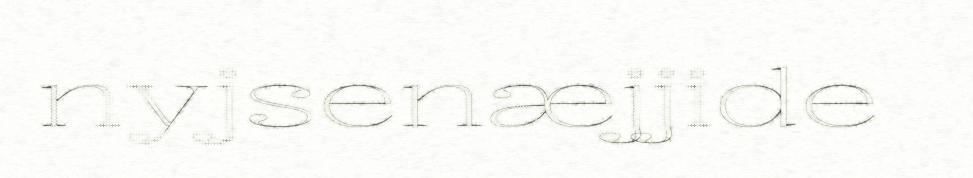
nyjsenæjjide